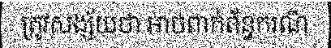
ត្រូវសង្ស័យថា អាចពាក់ព័ន្ធករណី